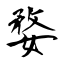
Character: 婺